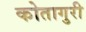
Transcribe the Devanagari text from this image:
कोतागुरी